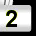
Digit: 2